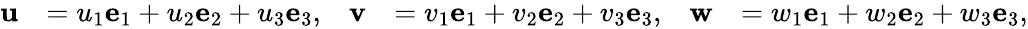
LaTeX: {\begin{array}{rlrlrl}{\mathbf{u}}&{=u_{1}\mathbf{e}_{1}+u_{2}\mathbf{e}_{2}+u_{3}\mathbf{e}_{3},}&{\mathbf{v}}&{=v_{1}\mathbf{e}_{1}+v_{2}\mathbf{e}_{2}+v_{3}\mathbf{e}_{3},}&{\mathbf{w}}&{=w_{1}\mathbf{e}_{1}+w_{2}\mathbf{e}_{2}+w_{3}\mathbf{e}_{3},}\end{array}}